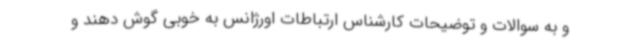
و به سوالات و توضیحات کارشناس ارتباطات اورژانس به خوبی گوش دهند و